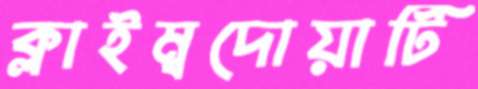
ক্লাইম্বদোয়াটি